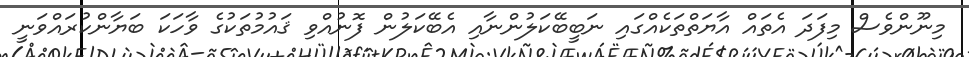
މިނޫންވެސް މިފަދަ އެތައް އާޔަތްތަކެއްގައި ނަބީބޭކަލުންނާއި އެބޭކަލުން ފޮނުއްވި ޤައުމުތަކުގެ ވާހަކަ ބަޔާންކުރައްވަނީ